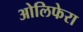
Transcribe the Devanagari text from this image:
ओलिफेरा